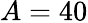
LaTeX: A=40